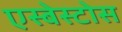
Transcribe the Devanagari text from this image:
एस्बेस्टोस